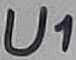
Text: U1